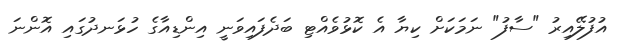
އުފުލޭއިރު "ސާފު" ނަމަކަށް ކިޔާ އެ ކޮޅުވެއްޓި ބަދެފައިވަނީ އިންޑިއާގެ ހުޅަނދުގައި އޮންނަ